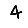
Digit: 4